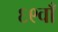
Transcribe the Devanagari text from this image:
६९वाँ